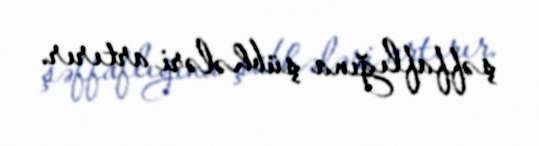
şəffaflığına şübhələri artırır.